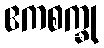
ဧကစက္ခု